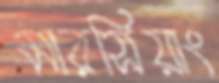
মারসিয়াং